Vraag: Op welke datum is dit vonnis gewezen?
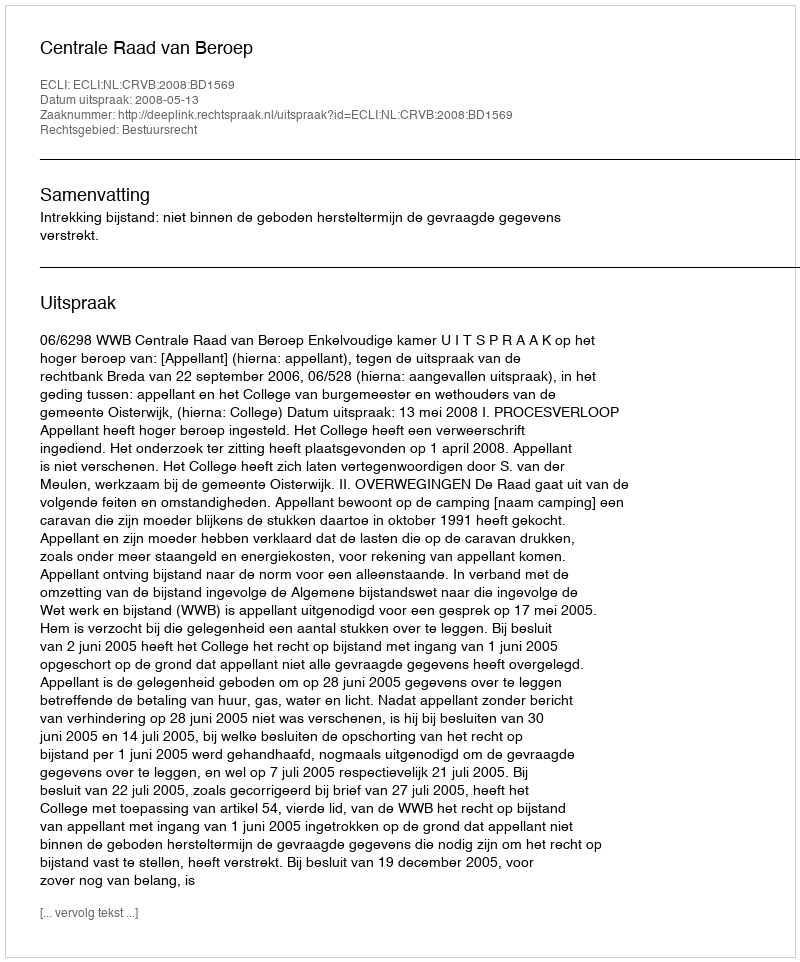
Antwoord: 2008-05-13